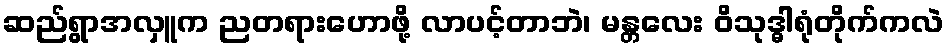
ဆည်ရွာအလှူက ညတရားဟောဖို့ လာပင့်တာဘဲ၊ မန္တလေး ဝိသုဒ္ဓါရုံတိုက်ကလဲ